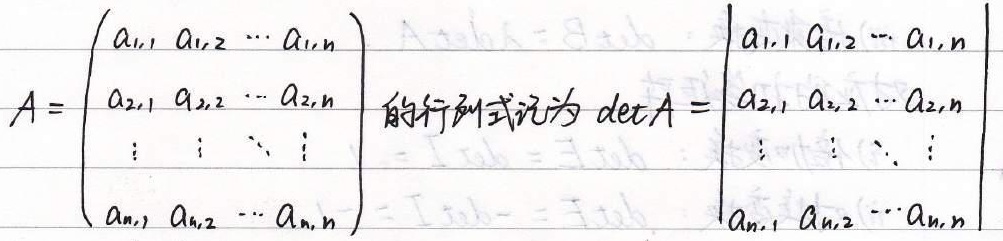
$A = \begin{pmatrix}
a_{1,1} & a_{1,2} & \cdots & a_{1,n}\\
a_{2,1} & a_{2,2} & \cdots & a_{2,n}\\
\vdots & \vdots & \ddots & \vdots\\
a_{n,1} & a_{n,2} & \cdots & a_{n,n}
\end{pmatrix}$ 的行列式记为 $\det A = \begin{vmatrix}
a_{1,1} & a_{1,2} & \cdots & a_{1,n}\\
a_{2,1} & a_{2,2} & \cdots & a_{2,n}\\
\vdots & \vdots & \ddots & \vdots\\
a_{n,1} & a_{n,2} & \cdots & a_{n,n}
\end{vmatrix}$